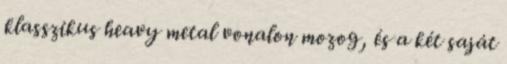
klasszikus heavy metal vonalon mozog, és a két saját